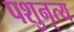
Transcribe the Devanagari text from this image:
पशुनृत्य